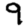
Digit: 9